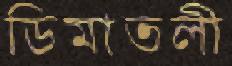
ডিমাতলী